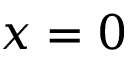
x = 0